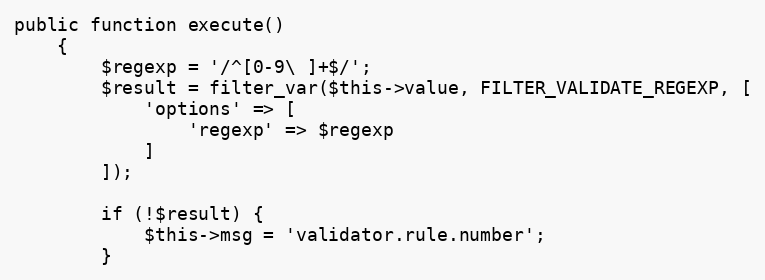
Language: PHP
public function execute()
    {
        $regexp = '/^[0-9\ ]+$/';
        $result = filter_var($this->value, FILTER_VALIDATE_REGEXP, [
            'options' => [
                'regexp' => $regexp
            ]
        ]);

        if (!$result) {
            $this->msg = 'validator.rule.number';
        }